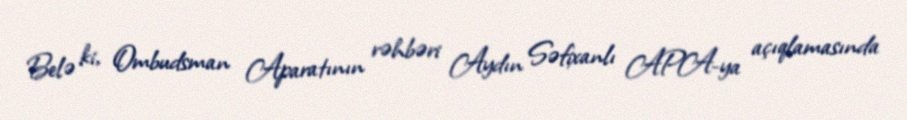
Belə ki, Ombudsman Aparatının rəhbəri Aydın Səfixanlı APA-ya açıqlamasında